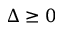
\Delta \geq 0